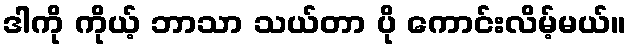
ဒါကို ကိုယ့် ဘာသာ သယ်တာ ပို ကောင်းလိမ့်မယ်။